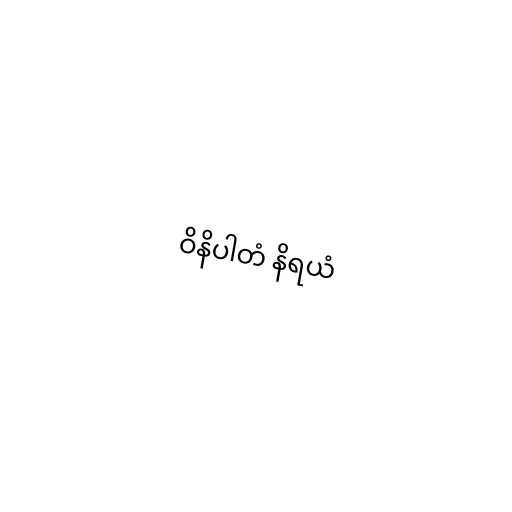
ဝိနိပါတံ နိရယံ